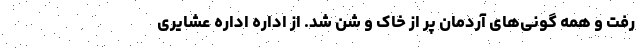
رفت و همه گونی‌های آردمان پر از خاک و شن شد. از اداره اداره عشایری